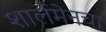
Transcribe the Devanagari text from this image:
शार्लमेनचा